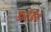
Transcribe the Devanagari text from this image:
ड्यॉईचे